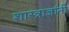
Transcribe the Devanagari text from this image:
शास्त्राज्ञांनी